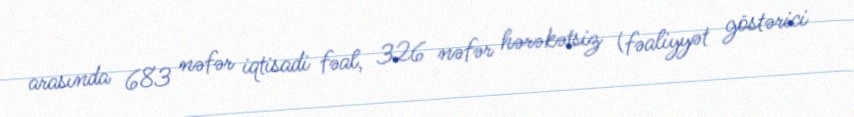
arasında 683 nəfər iqtisadi fəal, 326 nəfər hərəkətsiz (fəaliyyət göstərici